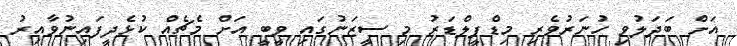
އަށް ބަދަލުވި ހުނަރުވެރި މިޑްފީލްޑަރު މި ސީޒަނުގައި ވީބީ އަށް މެޗެއް ކުޅެދީފައިނުވާއިރު